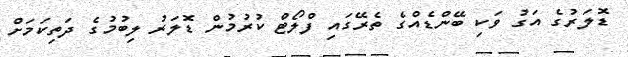
ޑޮލަރުގެ އަގު ވަކި ބޭންޑެއްގެ ތެރޭގައި ފްލޯޓް ކުރުމުން ޑޮލަރު ލިބުމުގެ ދަތިކަމަށް